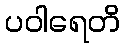
ပဝါရေတိ